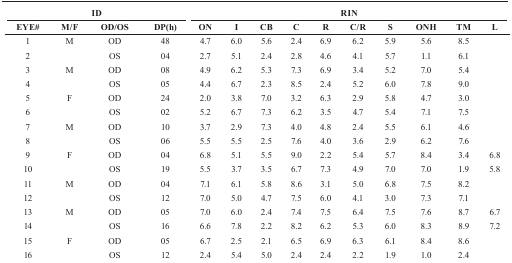
<table><thead><tr><td colspan="4"><b>ID</b></td><td colspan="10"><b>RIN</b></td></tr><tr><td><b>EYE#</b></td><td><b>M/F</b></td><td><b>OD/OS</b></td><td><b>DP(h)</b></td><td><b>ON</b></td><td><b>I</b></td><td><b>CB</b></td><td><b>C</b></td><td><b>R</b></td><td><b>C/R</b></td><td><b>S</b></td><td><b>ONH</b></td><td><b>TM</b></td><td><b>L</b></td></tr></thead><tbody><tr><td>1</td><td>M</td><td>OD</td><td>48</td><td>4.7</td><td>6.0</td><td>5.6</td><td>2.4</td><td>6.9</td><td>6.2</td><td>5.9</td><td>5.6</td><td>8.5</td><td></td></tr><tr><td>2</td><td></td><td>OS</td><td>04</td><td>2.7</td><td>5.1</td><td>2.4</td><td>2.8</td><td>4.6</td><td>4.1</td><td>5.7</td><td>1.1</td><td>6.1</td><td></td></tr><tr><td>3</td><td>M</td><td>OD</td><td>08</td><td>4.9</td><td>6.2</td><td>5.3</td><td>7.3</td><td>6.9</td><td>3.4</td><td>5.2</td><td>7.0</td><td>5.4</td><td></td></tr><tr><td>4</td><td></td><td>OS</td><td>05</td><td>4.4</td><td>6.7</td><td>2.3</td><td>8.5</td><td>2.4</td><td>5.2</td><td>6.0</td><td>7.8</td><td>9.0</td><td></td></tr><tr><td>5</td><td>F</td><td>OD</td><td>24</td><td>2.0</td><td>3.8</td><td>7.0</td><td>3.2</td><td>6.3</td><td>2.9</td><td>5.8</td><td>4.7</td><td>3.0</td><td></td></tr><tr><td>6</td><td></td><td>OS</td><td>02</td><td>5.2</td><td>6.7</td><td>7.3</td><td>6.2</td><td>3.5</td><td>4.7</td><td>5.4</td><td>7.1</td><td>7.5</td><td></td></tr><tr><td>7</td><td>M</td><td>OD</td><td>10</td><td>3.7</td><td>2.9</td><td>7.3</td><td>4.0</td><td>4.8</td><td>2.4</td><td>5.5</td><td>6.1</td><td>4.6</td><td></td></tr><tr><td>8</td><td></td><td>OS</td><td>06</td><td>5.5</td><td>5.5</td><td>2.5</td><td>7.6</td><td>4.0</td><td>3.6</td><td>2.9</td><td>6.2</td><td>7.6</td><td></td></tr><tr><td>9</td><td>F</td><td>OD</td><td>04</td><td>6.8</td><td>5.1</td><td>5.5</td><td>9.0</td><td>2.2</td><td>5.4</td><td>5.7</td><td>8.4</td><td>3.4</td><td>6.8</td></tr><tr><td>10</td><td></td><td>OS</td><td>19</td><td>5.5</td><td>3.7</td><td>3.5</td><td>6.7</td><td>7.3</td><td>4.9</td><td>7.0</td><td>7.0</td><td>1.9</td><td>5.8</td></tr><tr><td>11</td><td>M</td><td>OD</td><td>04</td><td>7.1</td><td>6.1</td><td>5.8</td><td>8.6</td><td>3.1</td><td>5.0</td><td>6.8</td><td>7.5</td><td>8.2</td><td></td></tr><tr><td>12</td><td></td><td>OS</td><td>12</td><td>7.0</td><td>5.0</td><td>4.7</td><td>7.5</td><td>6.0</td><td>4.1</td><td>3.0</td><td>7.3</td><td>7.1</td><td></td></tr><tr><td>13</td><td>M</td><td>OD</td><td>05</td><td>7.0</td><td>6.0</td><td>2.4</td><td>7.4</td><td>7.5</td><td>6.4</td><td>7.5</td><td>7.6</td><td>8.7</td><td>6.7</td></tr><tr><td>14</td><td></td><td>OS</td><td>16</td><td>6.6</td><td>7.8</td><td>2.2</td><td>8.2</td><td>6.2</td><td>5.3</td><td>6.0</td><td>8.3</td><td>8.9</td><td>7.2</td></tr><tr><td>15</td><td>F</td><td>OD</td><td>05</td><td>6.7</td><td>2.5</td><td>2.1</td><td>6.5</td><td>6.9</td><td>6.3</td><td>6.1</td><td>8.4</td><td>8.6</td><td></td></tr><tr><td>16</td><td></td><td>OS</td><td>12</td><td>2.4</td><td>5.4</td><td>5.0</td><td>2.4</td><td>2.4</td><td>2.2</td><td>1.9</td><td>1.0</td><td>2.4</td><td></td></tr></tbody></table>